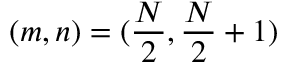
( m , n ) = ( \frac { N } { 2 } , \frac { N } { 2 } + 1 )